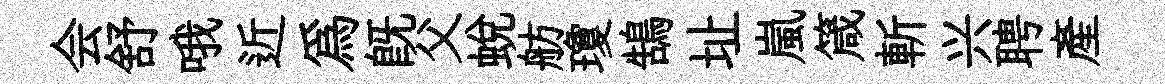
会舒哦近爲既父蛻舫瓊鵠址嵐箴斬兴聘產